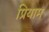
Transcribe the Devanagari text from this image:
प्रियाम